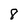
Character: 8